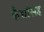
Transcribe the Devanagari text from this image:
कैद्यांसह